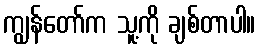
ကျွန်တော်က သူ့ကို ချစ်တာပါ။